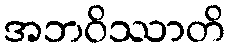
အဘဝိဿာတိ